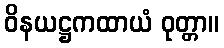
ဝိနယဋ္ဌကထာယံ ဝုတ္တာ။